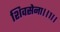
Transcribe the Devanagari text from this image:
शिवसेना।।१।।